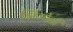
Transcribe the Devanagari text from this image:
झिंजोटी